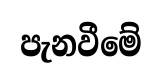
පැනවීමේ